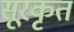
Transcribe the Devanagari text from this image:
सूरकृत